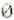
0